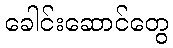
ခေါင်းဆောင်တွေ